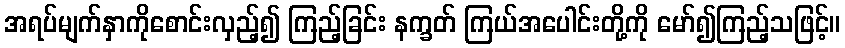
အရပ်မျက်နှာကိုစောင်းလှည့်၍ ကြည့်ခြင်း နက္ခတ် ကြယ်အပေါင်းတို့ကို မော်၍ကြည့်သဖြင့်။